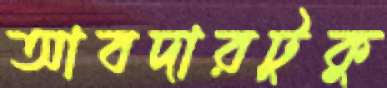
আবদারটুকু